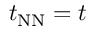
t _ { \mathrm { N N } } = t